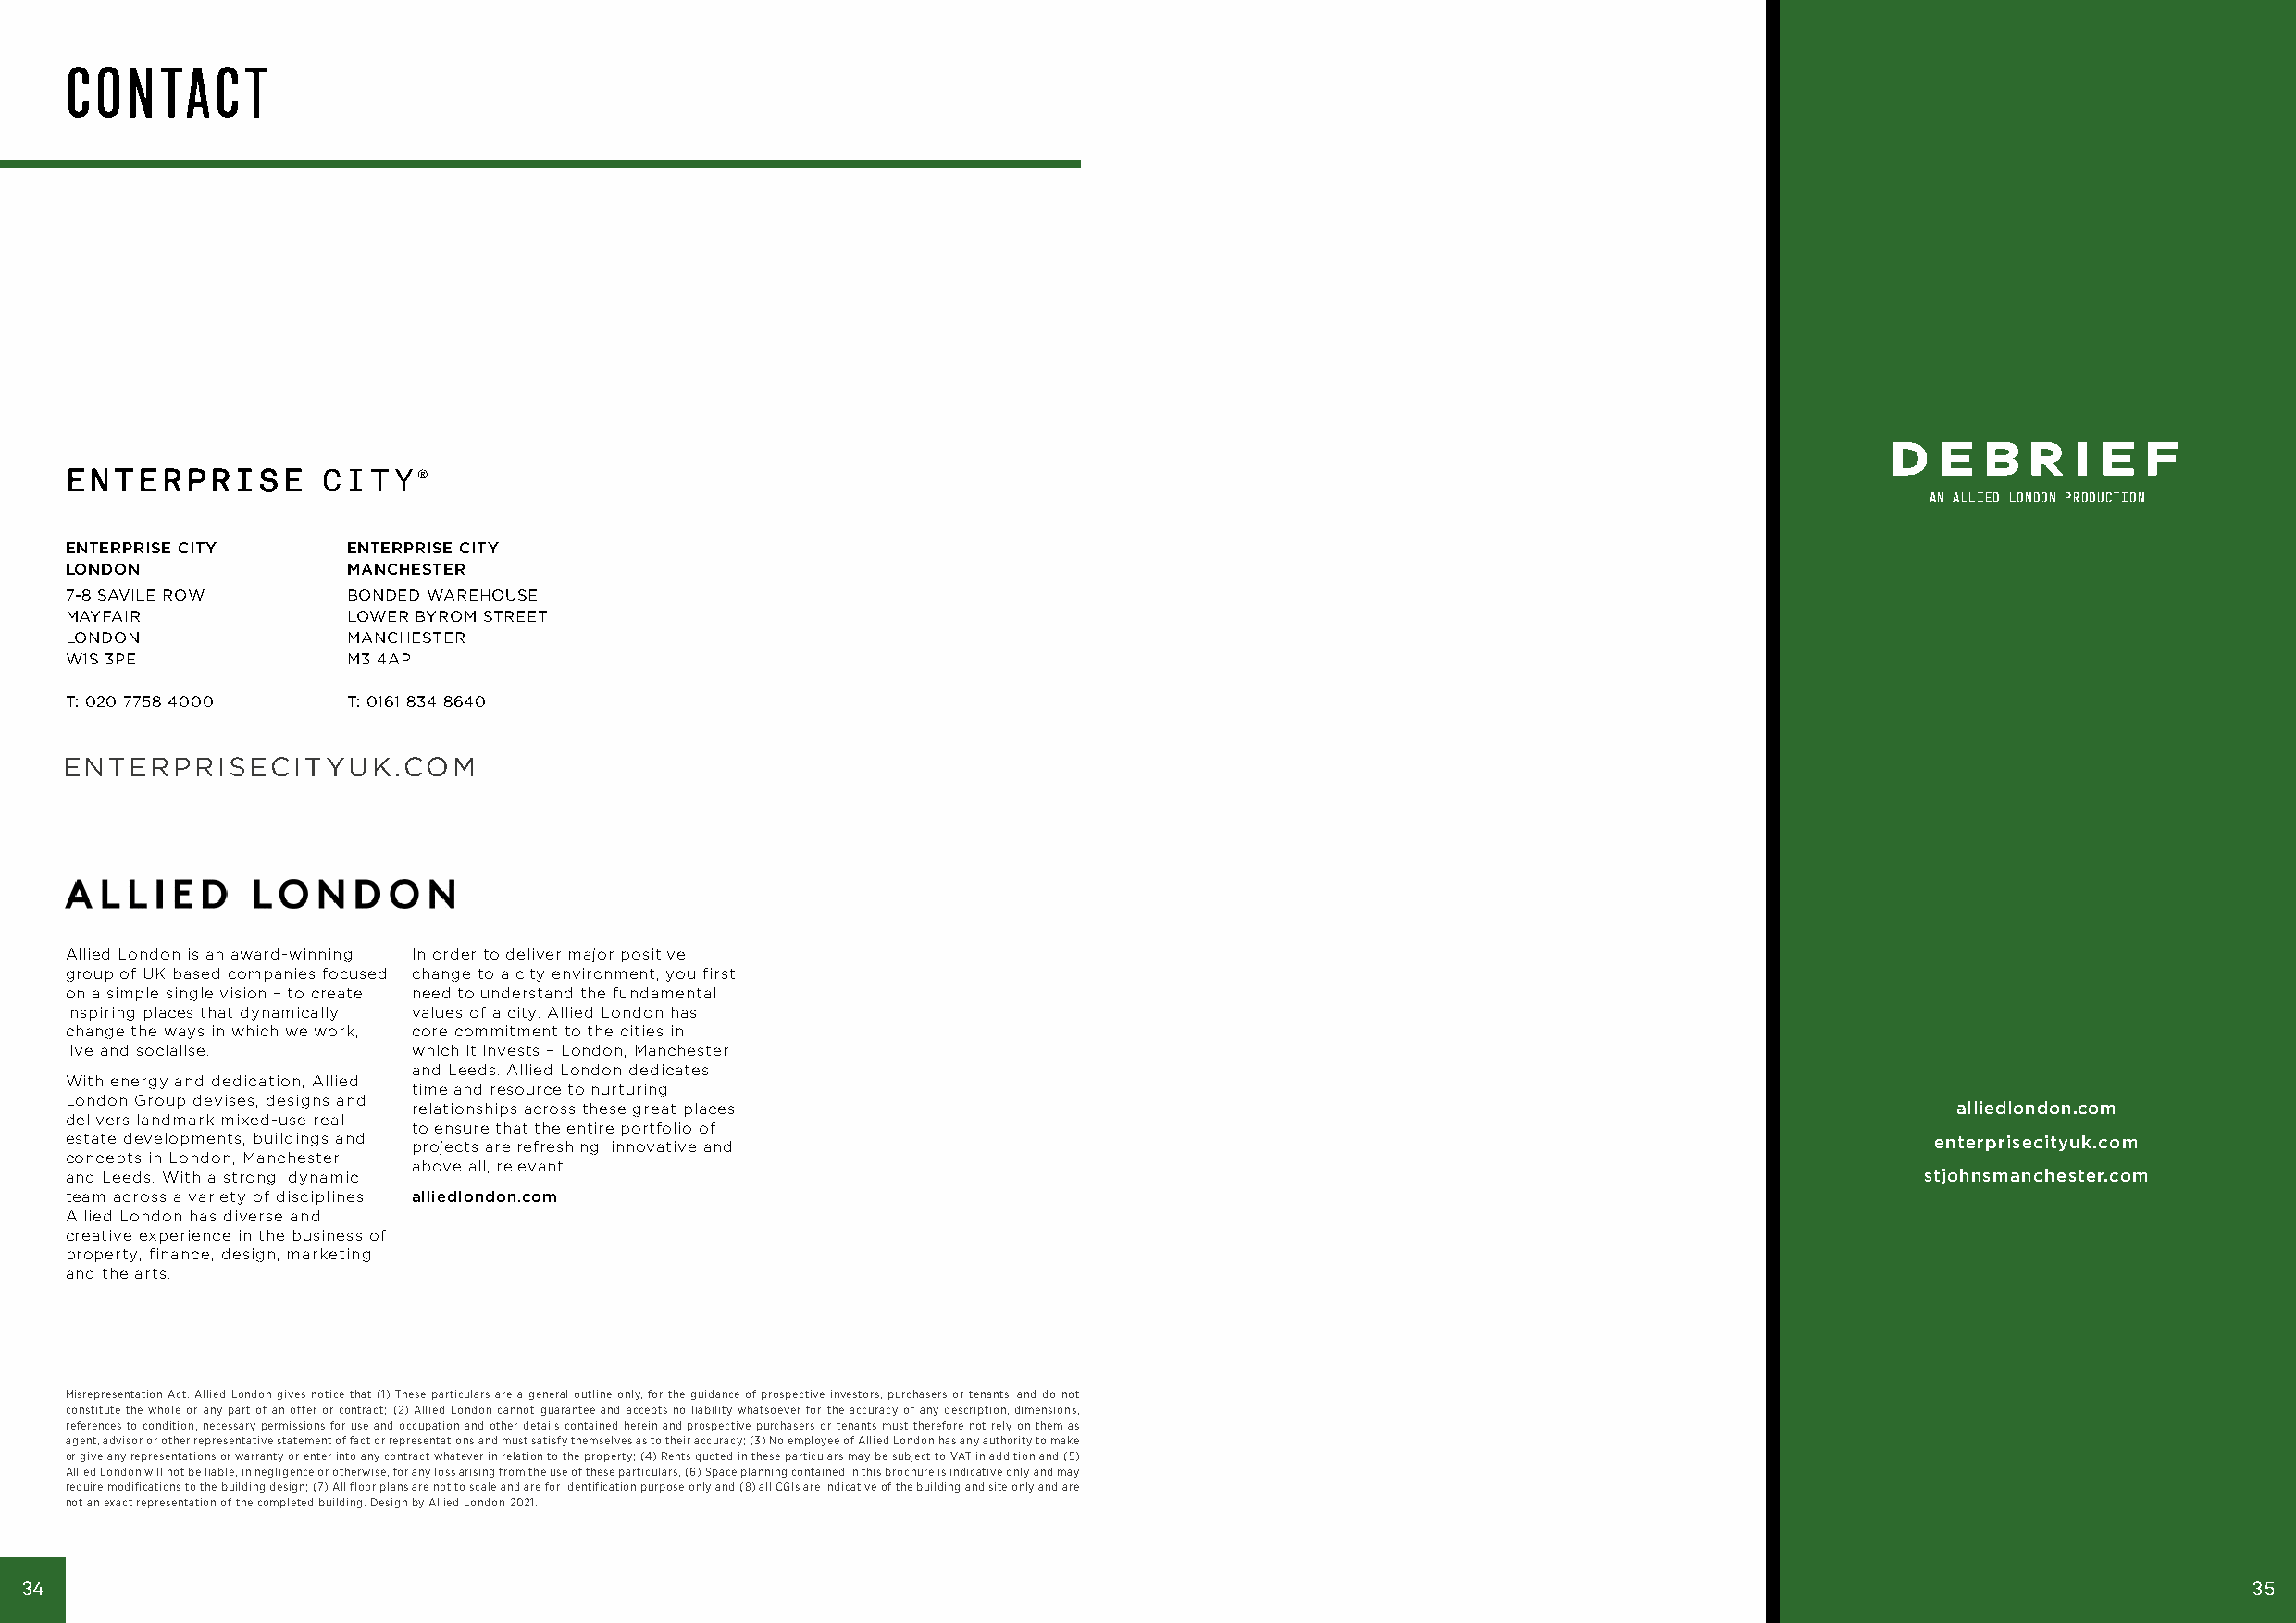
CONTACT
 D   E  B  R  I E  F
 EENNTTEERRPPRRIISSEE CITY®
 AN ALLIED LONDON PRODUCTION
 ENTERPRISE CITY     ENTERPRISE CITY
 LONDON              MANCHESTER
 7-8 SAVILE ROW      BONDED WAREHOUSE
 MAYFAIR             LOWER BYROM STREET
 LONDON              MANCHESTER
 W1S 3PE             M3 4AP
 T: 020 7758 4000    T: 0161 834 8640
 ENTERPRISECITYUK.COM
 Allied London is an award-winning In order to deliver major positive
 group of UK based companies focused change to a city environment, you first
 on a simple single vision – to create need to understand the fundamental
 inspiring places that dynamically values of a city. Allied London has
 change the ways in which we work, core commitment to the cities in
 live and socialise.     which it invests – London, Manchester
 and Leeds. Allied London dedicates
 With energy and dedication, Allied
 time and resource to nurturing
 London Group devises, designs and
 relationships across these great places                                                                        alliedlondon.com
 delivers landmark mixed-use real
 to ensure that the entire portfolio of
 estate developments, buildings and projects are refreshing, innovative and                                                           enterprisecityuk.com
 concepts in London, Manchester
 above all, relevant.
 and Leeds. With a strong, dynamic                                                                                                    stjohnsmanchester.com
 team across a variety of disciplines alliedlondon.com
 Allied London has diverse and
 creative experience in the business of
 property, finance, design, marketing
 and the arts.
 Misrepresentation Act. Allied London gives notice that (1) These particulars are a general outline only, for the guidance of prospective investors, purchasers or tenants, and do not
 constitute the whole or any part of an offer or contract; (2) Allied London cannot guarantee and accepts no liability whatsoever for the accuracy of any description, dimensions,
 references to condition, necessary permissions for use and occupation and other details contained herein and prospective purchasers or tenants must therefore not rely on them as
 agent, advisor or other representative statement of fact or representations and must satisfy themselves as to their accuracy; (3) No employee of Allied London has any authority to make
 or give any representations or warranty or enter into any contract whatever in relation to the property; (4) Rents quoted in these particulars may be subject to VAT in addition and (5)
 Allied London will not be liable, in negligence or otherwise, for any loss arising from the use of these particulars, (6) Space planning contained in this brochure is indicative only and may
 require modifications to the building design; (7) All floor plans are not to scale and are for identification purpose only and (8) all CGIs are indicative of the building and site only and are
 not an exact representation of the completed building. Design by Allied London 2021.
 34                                                                                                                                                              35